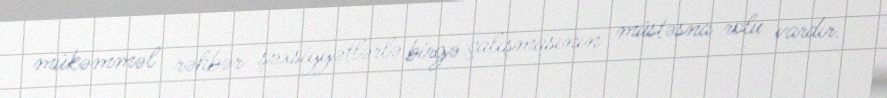
mükəmməl rəhbər şəxsiyyətlərlə birgə çalışmasının müstəsna rolu vardır.